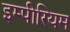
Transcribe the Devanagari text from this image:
इम्पीरियम